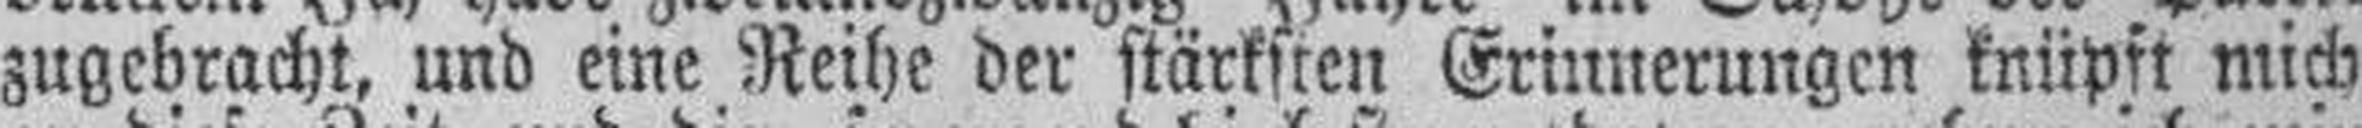
zugebracht, und eine Reihe der stärksten Erinnerungen knüpft mich